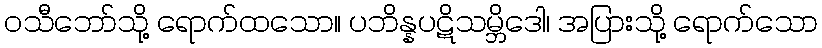
ဝသီဘော်သို့ ရောက်ထသော။ ပဘိန္နပဋိသမ္ဘိဒေါ၊ အပြားသို့ ရောက်သော